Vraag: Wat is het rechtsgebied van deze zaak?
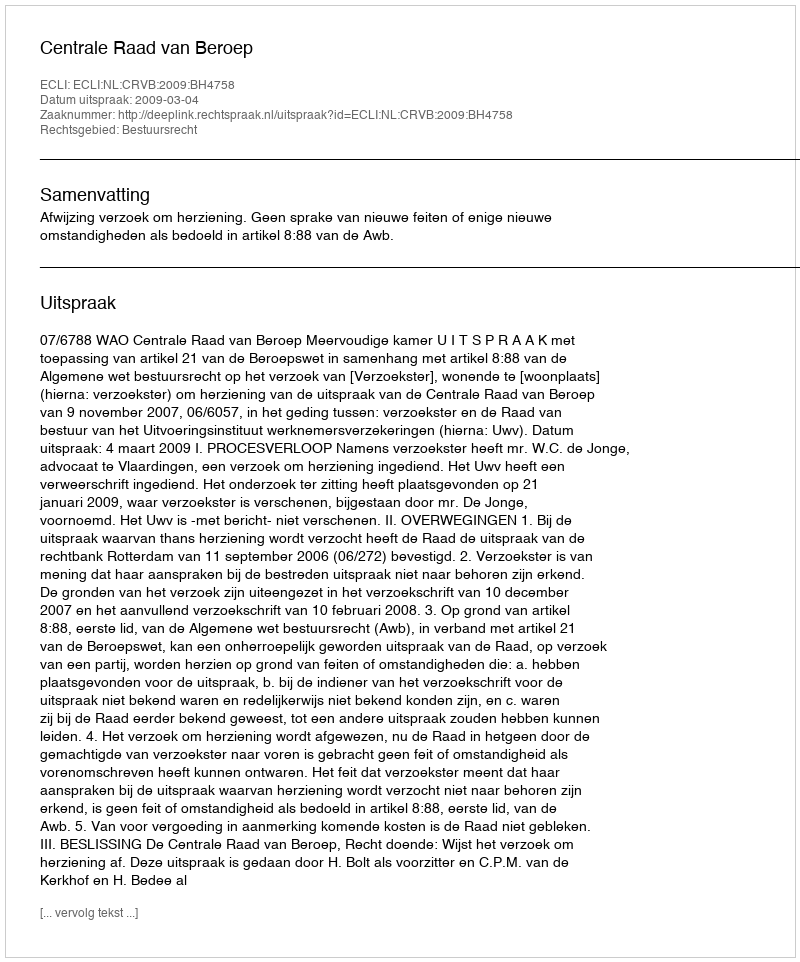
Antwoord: Bestuursrecht